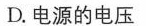
D.电源的电压